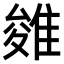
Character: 𨿓